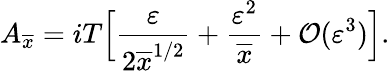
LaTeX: A_{\overline{{{x}}}}=iT\Big[{\frac{\varepsilon}{2\overline{{{x}}}^{1/2}}}+{\frac{\varepsilon^{2}}{\overline{{{x}}}}}+{\cal O}(\varepsilon^{3})\Big].